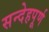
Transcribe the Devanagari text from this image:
सन्देहपूर्ण